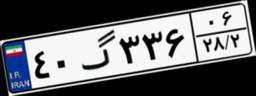
۴۰گ۳۳۶۰۶